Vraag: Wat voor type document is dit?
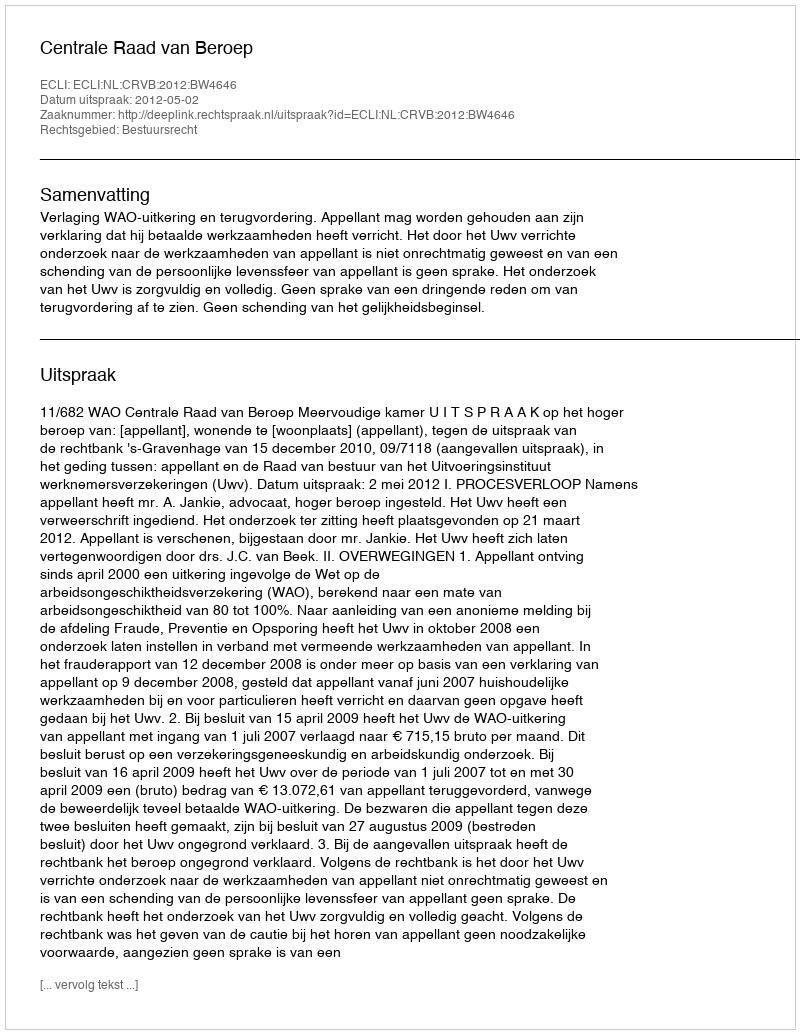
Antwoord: Uitspraak